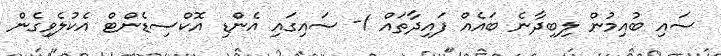
ސައި ބުއިމުން ލިބިދާނެ ބައެއް ފައިދާތައް 1- ސައިގައި އެންޑި އޮކްސިޑެންޓް އެކުލެވިގެން